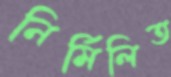
নির্মিলিত